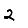
Digit: 2